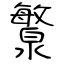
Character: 瀪